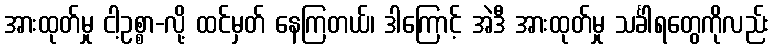
အားထုတ်မှု ငါ့ဥစ္စာ-လို့ ထင်မှတ် နေကြတယ်၊ ဒါကြောင့် အဲဒီ အားထုတ်မှု သင်္ခါရတွေကိုလည်း